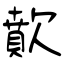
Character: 歕